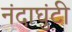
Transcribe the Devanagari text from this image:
नंदाघुंटी